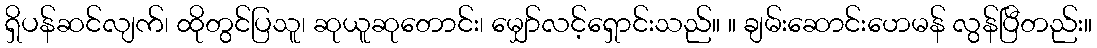
ရှိပန်ဆင်လျက်၊ ထိုတွင်ပြသူ၊ ဆုယူဆုတောင်း၊ မျှော်လင့်ရှောင်းသည်။ ။ ချမ်းဆောင်းဟေမန် လွန်ပြီတည်း။